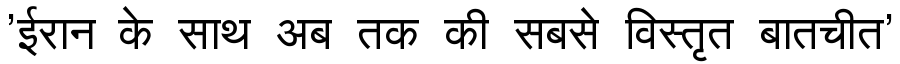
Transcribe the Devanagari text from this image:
'ईरान के साथ अब तक की सबसे विस्तृत बातचीत'